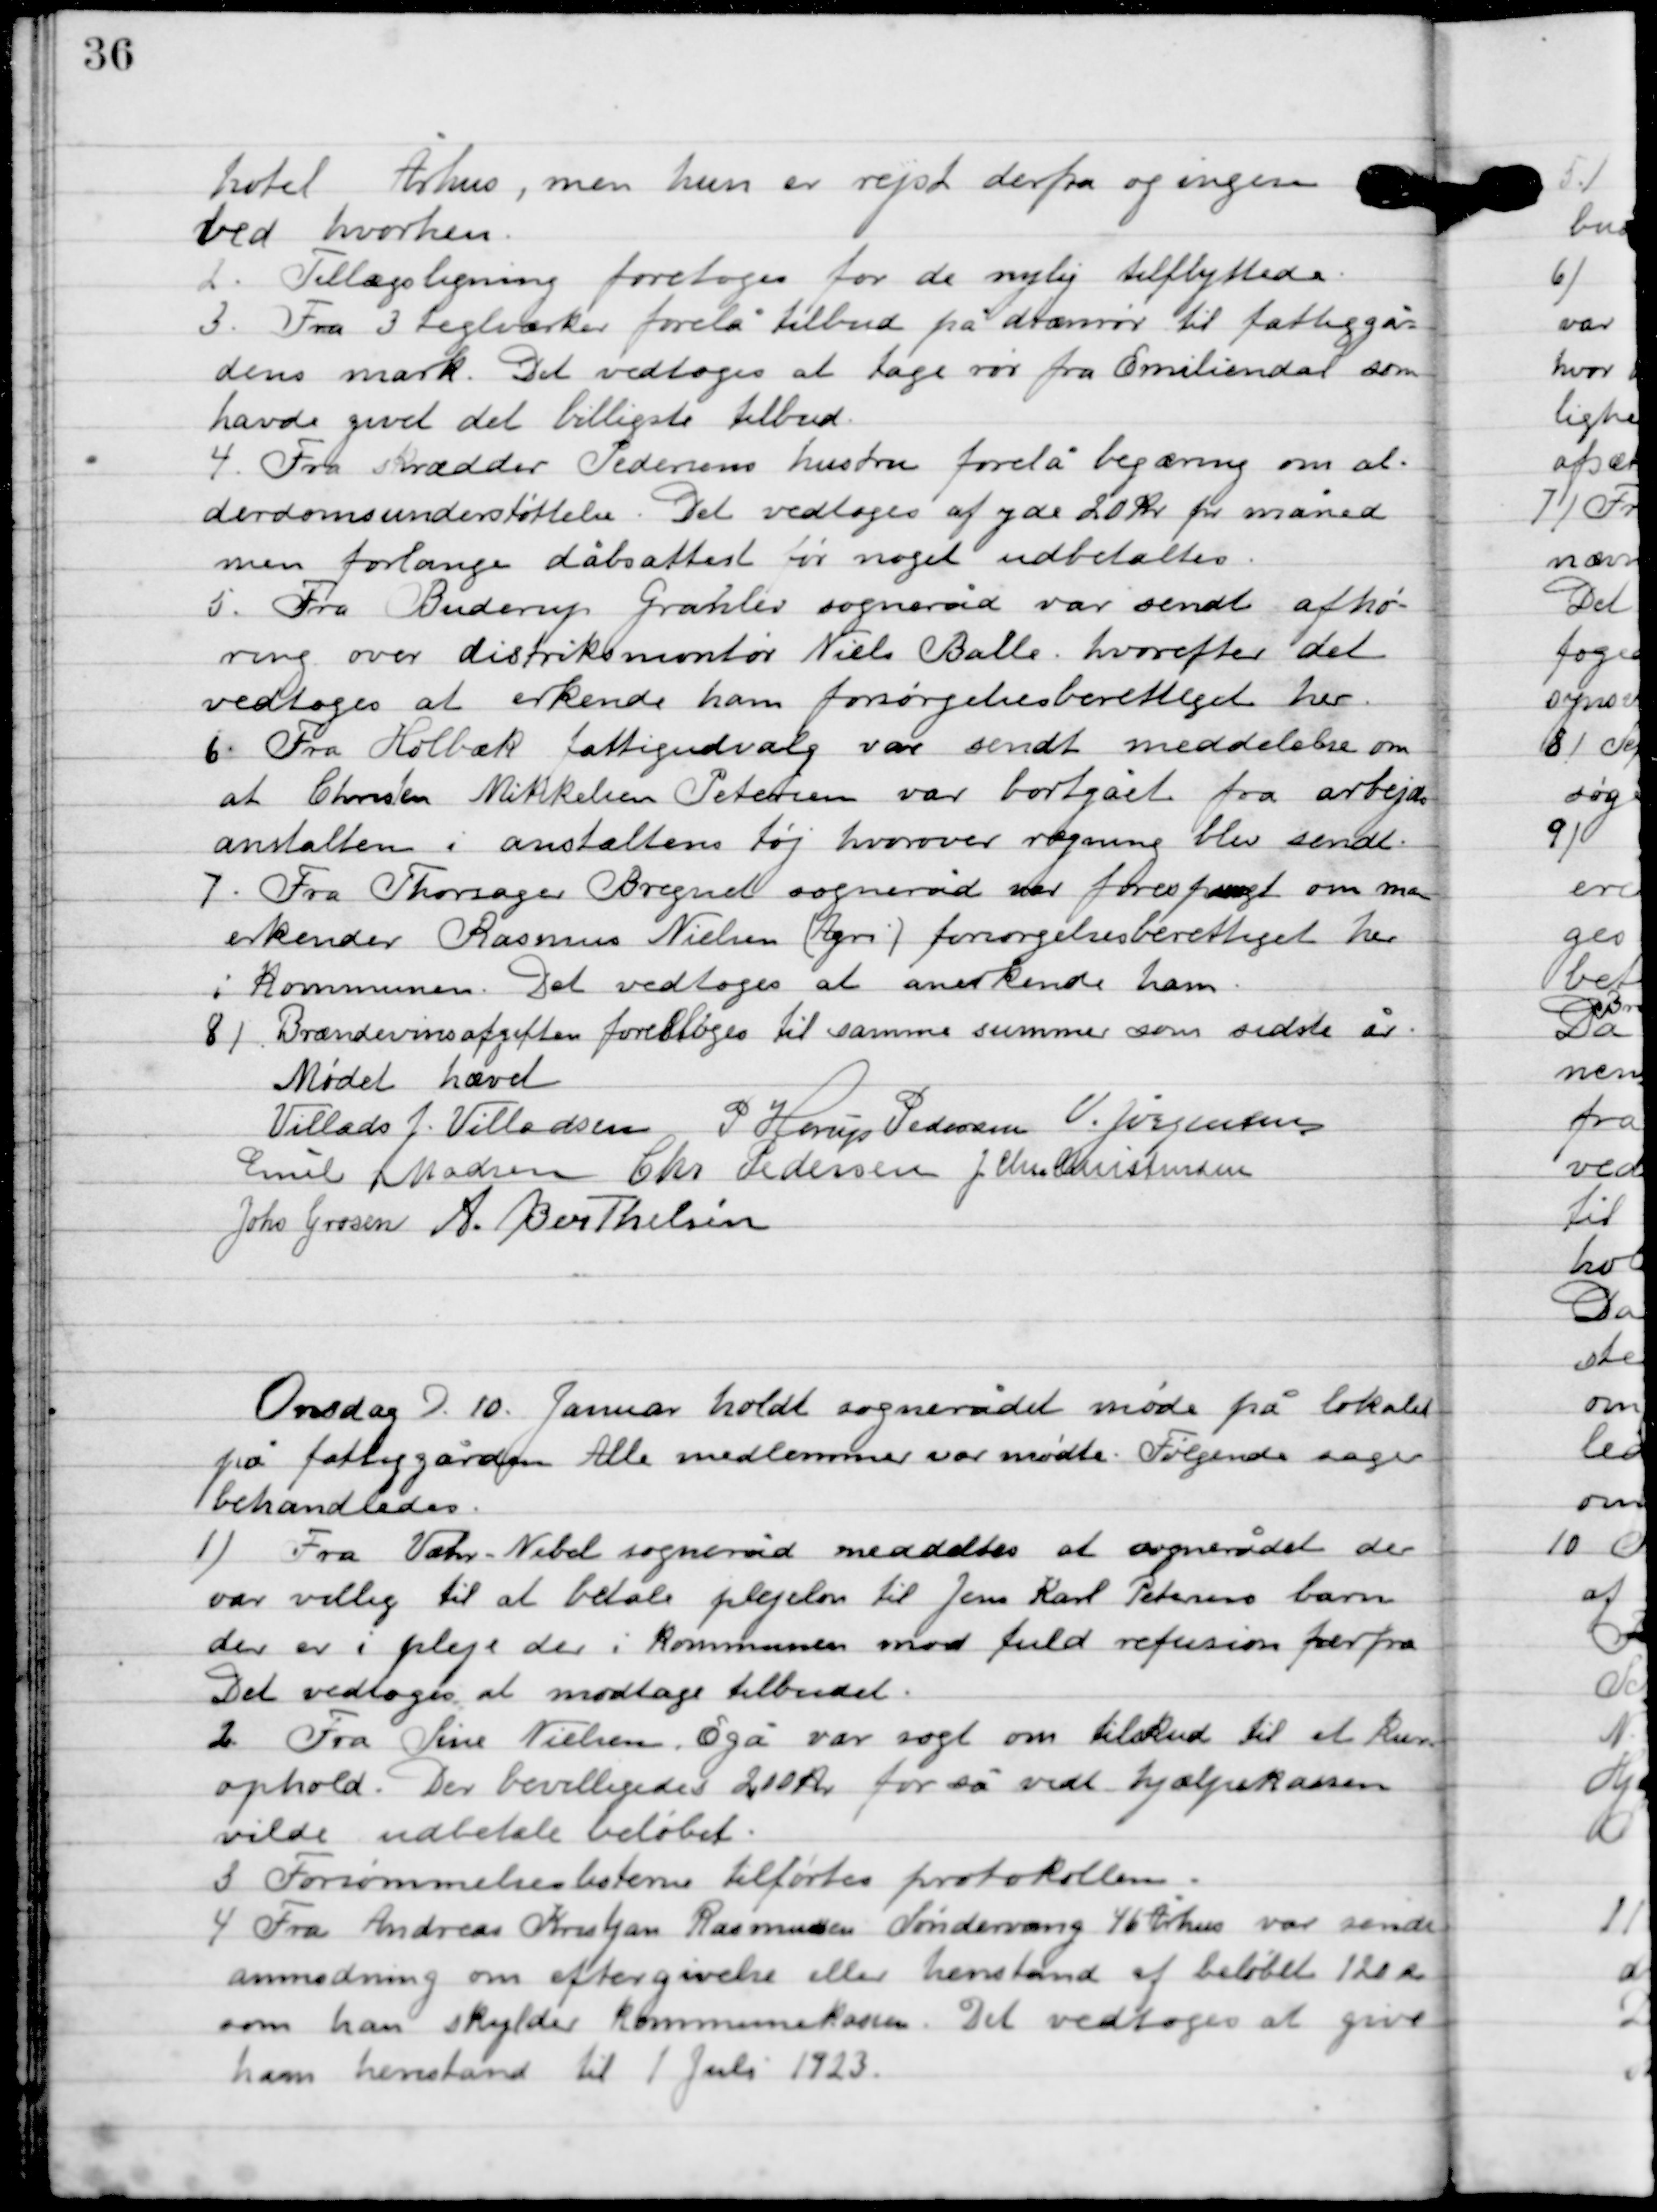
Transskription:
hotel Århus, men hun er rejst derfra og ingen
ved hvorhen.

2

Tillægsligning foretoges for de nylig tilflyttede.

3

Fra 3 teglværker forelå tilbud på drænrør til fattiggår-
dens mark. Det vedtoges at tage rør fra Emiliendal som
havde givet det billigste tilbud.

4

Fra skrædder Pedersens hustru forelå begæring om al-
derdomsunderstøttelse. Det vedtoges at yde 20 kr. pr. måned
men forlange dåbsattest før noget udbetaltes.

5

Fra Buderup Granlev sogneråd var sendt afhø-
ring over distriktsmontør Niels Balle, hvorefter det
vedtoges at erkende ham forsørgelsesberettiget her.

6

Fra Holbæk fattigudvalg var sendt meddelelse om
at Chresten Mikkelsen Petersen var bortgået fra arbejdets
anstalten i anstaltens tøj hvorover regning blev sendt.

7

Fra Thorsager Bregnet sogneråd var forespurgt om man
erkender Rasmus Nielsen (Agri) forsørgelseberettiget her
i Kommune. Det vedtoges at anerkende ham.

8

Brændevinafgiften foreslås til samme summer som sidste år.

Mødet hævet

Villads J. Villadsen
P. Horup Pedersen
V. Jørgensen
Emil Madsen
Chr. Christensen
J. Chr. Christensen
Johs. Grosen
A. Berthelsen

Onsdag D. 10 Januar holdt sognerådet ekstramøde på lokalet
på fattiggården, Alle medlemmer var mødte.  Følgende sager
behandledes.

1

Fra Væhr-Nebel sogneråd meddeltes at sognerådet der
 var villig til at betale plejeløn til Jens Karl Petersens barn
der er i pleje der i Kommunen mod fuld refusion her fra.
Det vedtoges at modtage tilbuddet.

2

Fra Sine Nielsen, Egå var søgt om tilskud til et kur-
ophold. Der bevilgedes 210 kr. for så vidt hjælpekassen
vilde udbetale beløbet.

3

Forsømmelseslisterne tilførtes protokollen.

4

Fra Andreas Kristjan Rasmussen Søndervang 46 Århus var sendt
anmodning om eftergivelse eller henstand af beløbet 120 kr.
som han skylder kommunekassen. Det vedtoges at give
ham henstand til 1. Juli 1923.